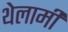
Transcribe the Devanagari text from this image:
थेलामी